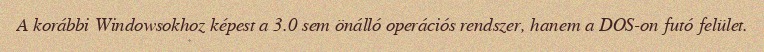
A korábbi Windowsokhoz képest a 3.0 sem önálló operációs rendszer, hanem a DOS-on futó felület.